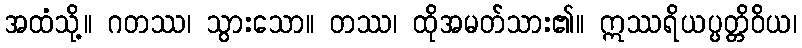
အထံသို့။ ဂတဿ၊ သွားသော။ တဿ၊ ထိုအမတ်သား၏။ ဣဿရိယပ္ပတ္တိဝိယ၊